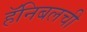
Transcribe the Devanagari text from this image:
हॅनिबलची